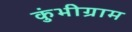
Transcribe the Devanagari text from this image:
कुंभीग्राम